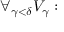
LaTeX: \forall _ { \gamma < \delta } { V _ { \gamma } : }